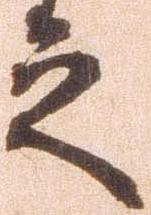
之